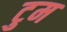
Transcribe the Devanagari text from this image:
टुम